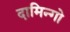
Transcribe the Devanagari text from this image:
दामिन्गो